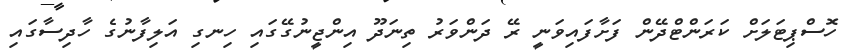
ހޮސްޕިޓަލަށް ކަރަންޓްދޭން ފަށާފައިވަނީ ރޭ ދަންވަރު ތިނަދޫ އިންޖީނުގޭގައި ހިނގި އަލިފާނުގެ ހާދިސާގައި